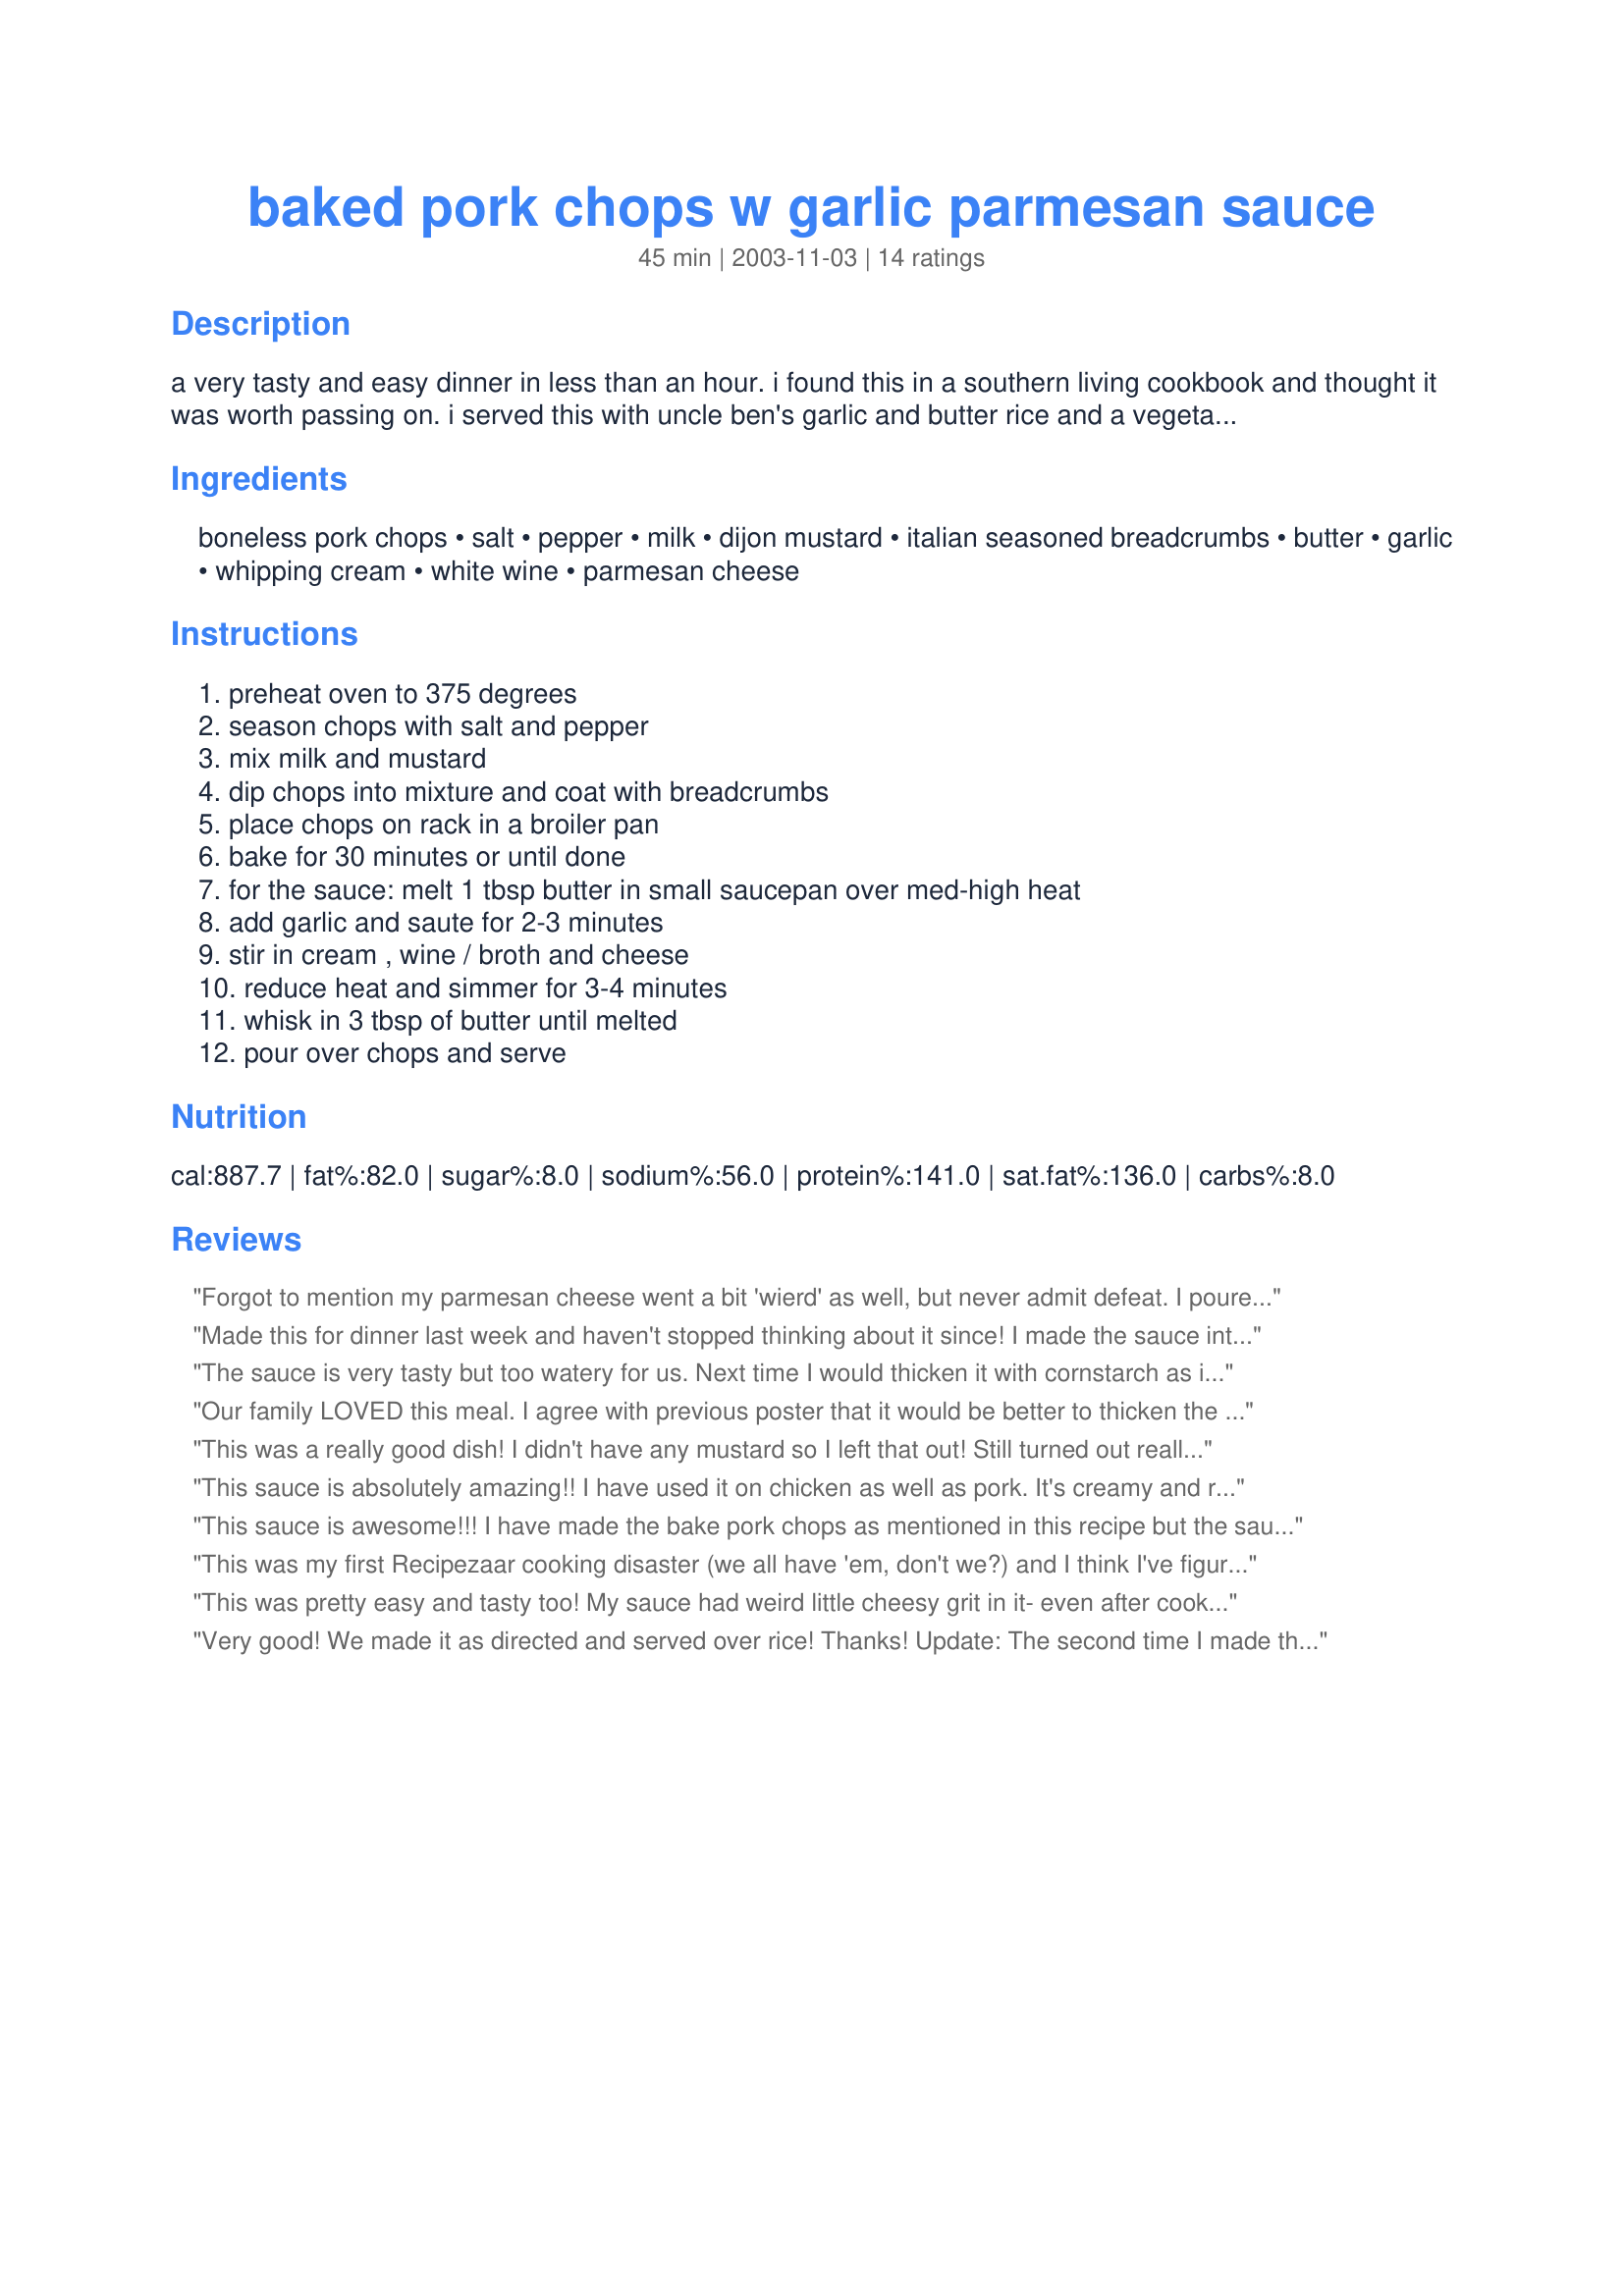
baked pork chops w garlic parmesan sauce
Preparation time: 45 minutes

a very tasty and easy dinner in less than an hour. i found this in a southern living cookbook and thought it was worth passing on. i served this with uncle ben's garlic and butter rice and a vegetable.

Ingredients:
boneless pork chops, salt, pepper, milk, dijon mustard, italian seasoned breadcrumbs, butter, garlic, whipping cream, white wine, parmesan cheese

Steps:
preheat oven to 375 degrees, season chops with salt and pepper, mix milk and mustard, dip chops into mixture and coat with breadcrumbs, place chops on rack in a broiler pan, bake for 30 minutes or until done, for the sauce: melt 1 tbsp butter in small saucepan over med-high heat, add garlic and saute for 2-3 minutes, stir in cream , wine / broth and cheese, reduce heat and simmer for 3-4 minutes, whisk in 3 tbsp of butter until melted, pour over chops and serve

Reviews:
Forgot to mention my parmesan cheese went a bit 'wierd' as well, but never admit defeat. I poured it into a bowl, took to it with my kitchen wand, reheated it...perfection.
Made this for dinner last week and haven't stopped thinking about it since! I made the sauce into a bit more of a roux, adding a tablespoon of Argo a bit at a time. It thickened up the sauce perfectly! I also used milk instead of cream. Served it with a side of roasted asparagus spears and "Buttered Wine Rice" (recipe #216575). I suggest making extra sauce if serving with a starch as you will definitely want more! Such an easy, delicious, and comforting meal!
The sauce is very tasty but too watery for us. Next time I would thicken it with cornstarch as it would not stick to the egg noodles.
Our family LOVED this meal. I agree with previous poster that it would be better to thicken the sauce a little more when serving with egg noodles. I will definately make this again - thank you very much!
This was a really good dish! I didn't have any mustard so I left that out! Still turned out really good! The sauce I didn't have any whipping cream, so I used regular milk and just added some corn starch. It thickened up nicely! Also since I'm from Louisiana I had to add some creole seasoning to it...lol! :) I used rice, but I think next time I'll use noodles! Over all though this recipe was really awesome! I asked my husband what he thought and he said "I'm not talkin' am I?"...LOL
This sauce is absolutely amazing!! I have used it on chicken as well as pork. It's creamy and rich, and just a delightful taste experience.

Thank you so much for this recipe!
This sauce is awesome!!! I have made the bake pork chops as mentioned in this recipe but the sauce made it outstanding!!!!

I did as someone else mentioned and added a bit of corn starch to the sauce to thicken it and it was perfect
This was my first Recipezaar cooking disaster (we all have 'em, don't we?) and I think I've figured out what went wrong. The cheese turned into a big rubbery lump in the bottom of the pan even after cooking for 5 minutes over medium high heat; it must be because I used 'gourmet' parmesan that you find in the deli case-rather than the grated parmesan on the grocery shelf. Since I followed the directions precisely (I'm not a novice!) this must be the reason the sauce was a failure! Never one to give up, I plan to try again!
This was pretty easy and tasty too! My sauce had weird little cheesy grit in it- even after cooking it for 10 minutes. It just would not smooth out. I used real grated cheese, not the stuff in the can so I don't know why it did that. It still tasted good but the texture was really weird.
Very good! We made it as directed and served over rice! Thanks! Update: The second time I made this I lightened it up by substituting fat free 1/2 and 1/2 (with 1 tbs of cornstarch whisked in) for the whipping cream. It was still awesome!
Five stars for this sauce! I served it over breaded and pan fried chicken cutlets and egg noodles and it was fantastic. The wine and the garlic really made the sauce stand out and I’ll be using it often. I’m not adding stars to this review because I didn’t prepare the whole recipe, but I plan to the next time I’m in the mood for pork chops because they sound yummy. Thanks for sharing this great sauce!
This was delicious! I used fresh garlic and doubled the amount. I used 2% milk and 1 Tbsp cornstarch. The Parmesan I used was fresh grated from the deli cheese case, not the powdered grated dry (like Kraft). I didn't have any problems with lumping. Next time I'm going to try adding the Creole seasoning as another poster did, that sounds delicious!
We really liked this dish. The only thing I will change next time is to use chicken broth instead of the wine - I wasn't crazy about the wine taste in the sauce (I used a chardonnay/pino gris mix). Maybe it was the wine I chose? It was very good nonetheless. Thanks for posting!
SO GOOD! The funny thing is is my hubby didnt know the sauce was for this, so the first few bites he had without, and he was loving it, and then he had the sauce after I mentioned that it went with the pork, he told me I needed to try it without as well. It is superb both ways, and I will be making this again! Thanks Tara!
